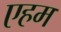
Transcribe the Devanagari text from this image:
एहम